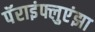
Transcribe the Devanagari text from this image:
पॅराइंफ्लुएंझा